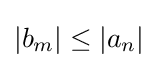
|b_{m}|\leq |a_{n}|